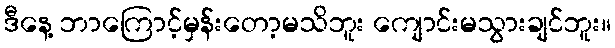
ဒီနေ့ ဘာကြောင့်မှန်းတော့မသိဘူး ကျောင်းမသွားချင်ဘူး။